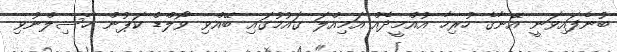
ބުނެފައިވަނީ އޭނާގެ ހުރިހާ އުއްމީދެެއް އަމިއްލަ ގައުމުގައި ބޭއްވި ވޯލްޑް ކަޕުން ހާސިލްނުވި